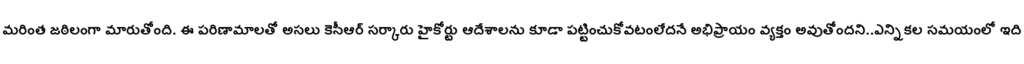
మరింత జఠిలంగా మారుతోంది. ఈ పరిణామాలతో అసలు కెసీఆర్ సర్కారు హైకోర్టు ఆదేశాలను కూడా పట్టించుకోవటంలేదనే అభిప్రాయం వ్యక్తం అవుతోందని..ఎన్నికల సమయంలో ఇది